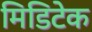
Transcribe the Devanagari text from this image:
मिडिटेक